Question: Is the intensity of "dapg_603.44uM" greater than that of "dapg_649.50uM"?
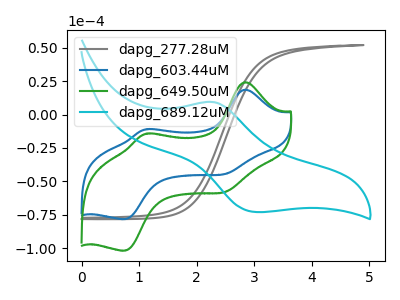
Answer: <think>The gray curve "dapg_277.28uM" has no peaks. The blue curve "dapg_603.44uM" has anodic peaks at (2.85V, 18.55uA) (1.15V, -10.85uA) and cathodic peaks at (2.55V, -43.85uA) (0.75V, -78.10uA). The green curve "dapg_649.50uM" has anodic peaks at (2.85V, 24.15uA) (1.15V, -14.15uA) and cathodic peaks at (2.55V, -57.10uA) (0.75V, -101.65uA). The cyan curve "dapg_689.12uM" has an anodic peak at (2.30V, 9.30uA) and a cathodic peak at (3.05V, -72.90uA).
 All the peaks in "dapg_603.44uM" have a peak in "dapg_649.50uM" at the same potential.</think>
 <answer>I cant tell if "dapg_603.44uM" or "dapg_649.50uM" has more signal.</answer>
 <eval>mixed_signal</eval>